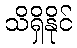
သိရှိနိုင်